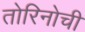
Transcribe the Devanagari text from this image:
तोरिनोची